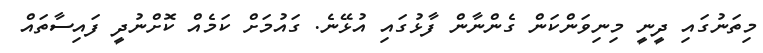
މިތަނުގައި ދީނީ މިނިވަންކަން ގެންނާން ފާޅުގައި އުޅޭނެ. ގައުމަށް ކަމެއް ކޮށްނުދީ ފައިސާތައް